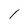
Character: l